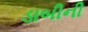
ડાબીની